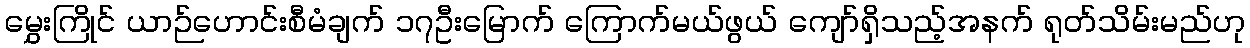
မွှေးကြိုင် ယာဉ်ဟောင်းစီမံချက် ၁၇ဦးမြောက် ကြောက်မယ်ဖွယ် ကျော်ရှိသည့်အနက် ရုတ်သိမ်းမည်ဟု